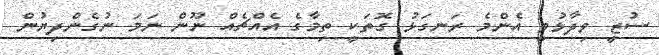
ސުޒީ ވިދާޅުވީ އެންމެ ރަނގަޅު ގޮތަކީ ތިމާގެ އެއްޗެއް ނޫން ނަމަ ނުގެންދިޔުން